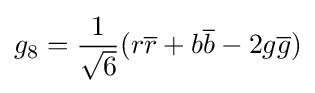
g_{8}={\frac {1}{\sqrt {6}}}(r{\overline {r}}+b{\overline {b}}-2g{\overline {g}})